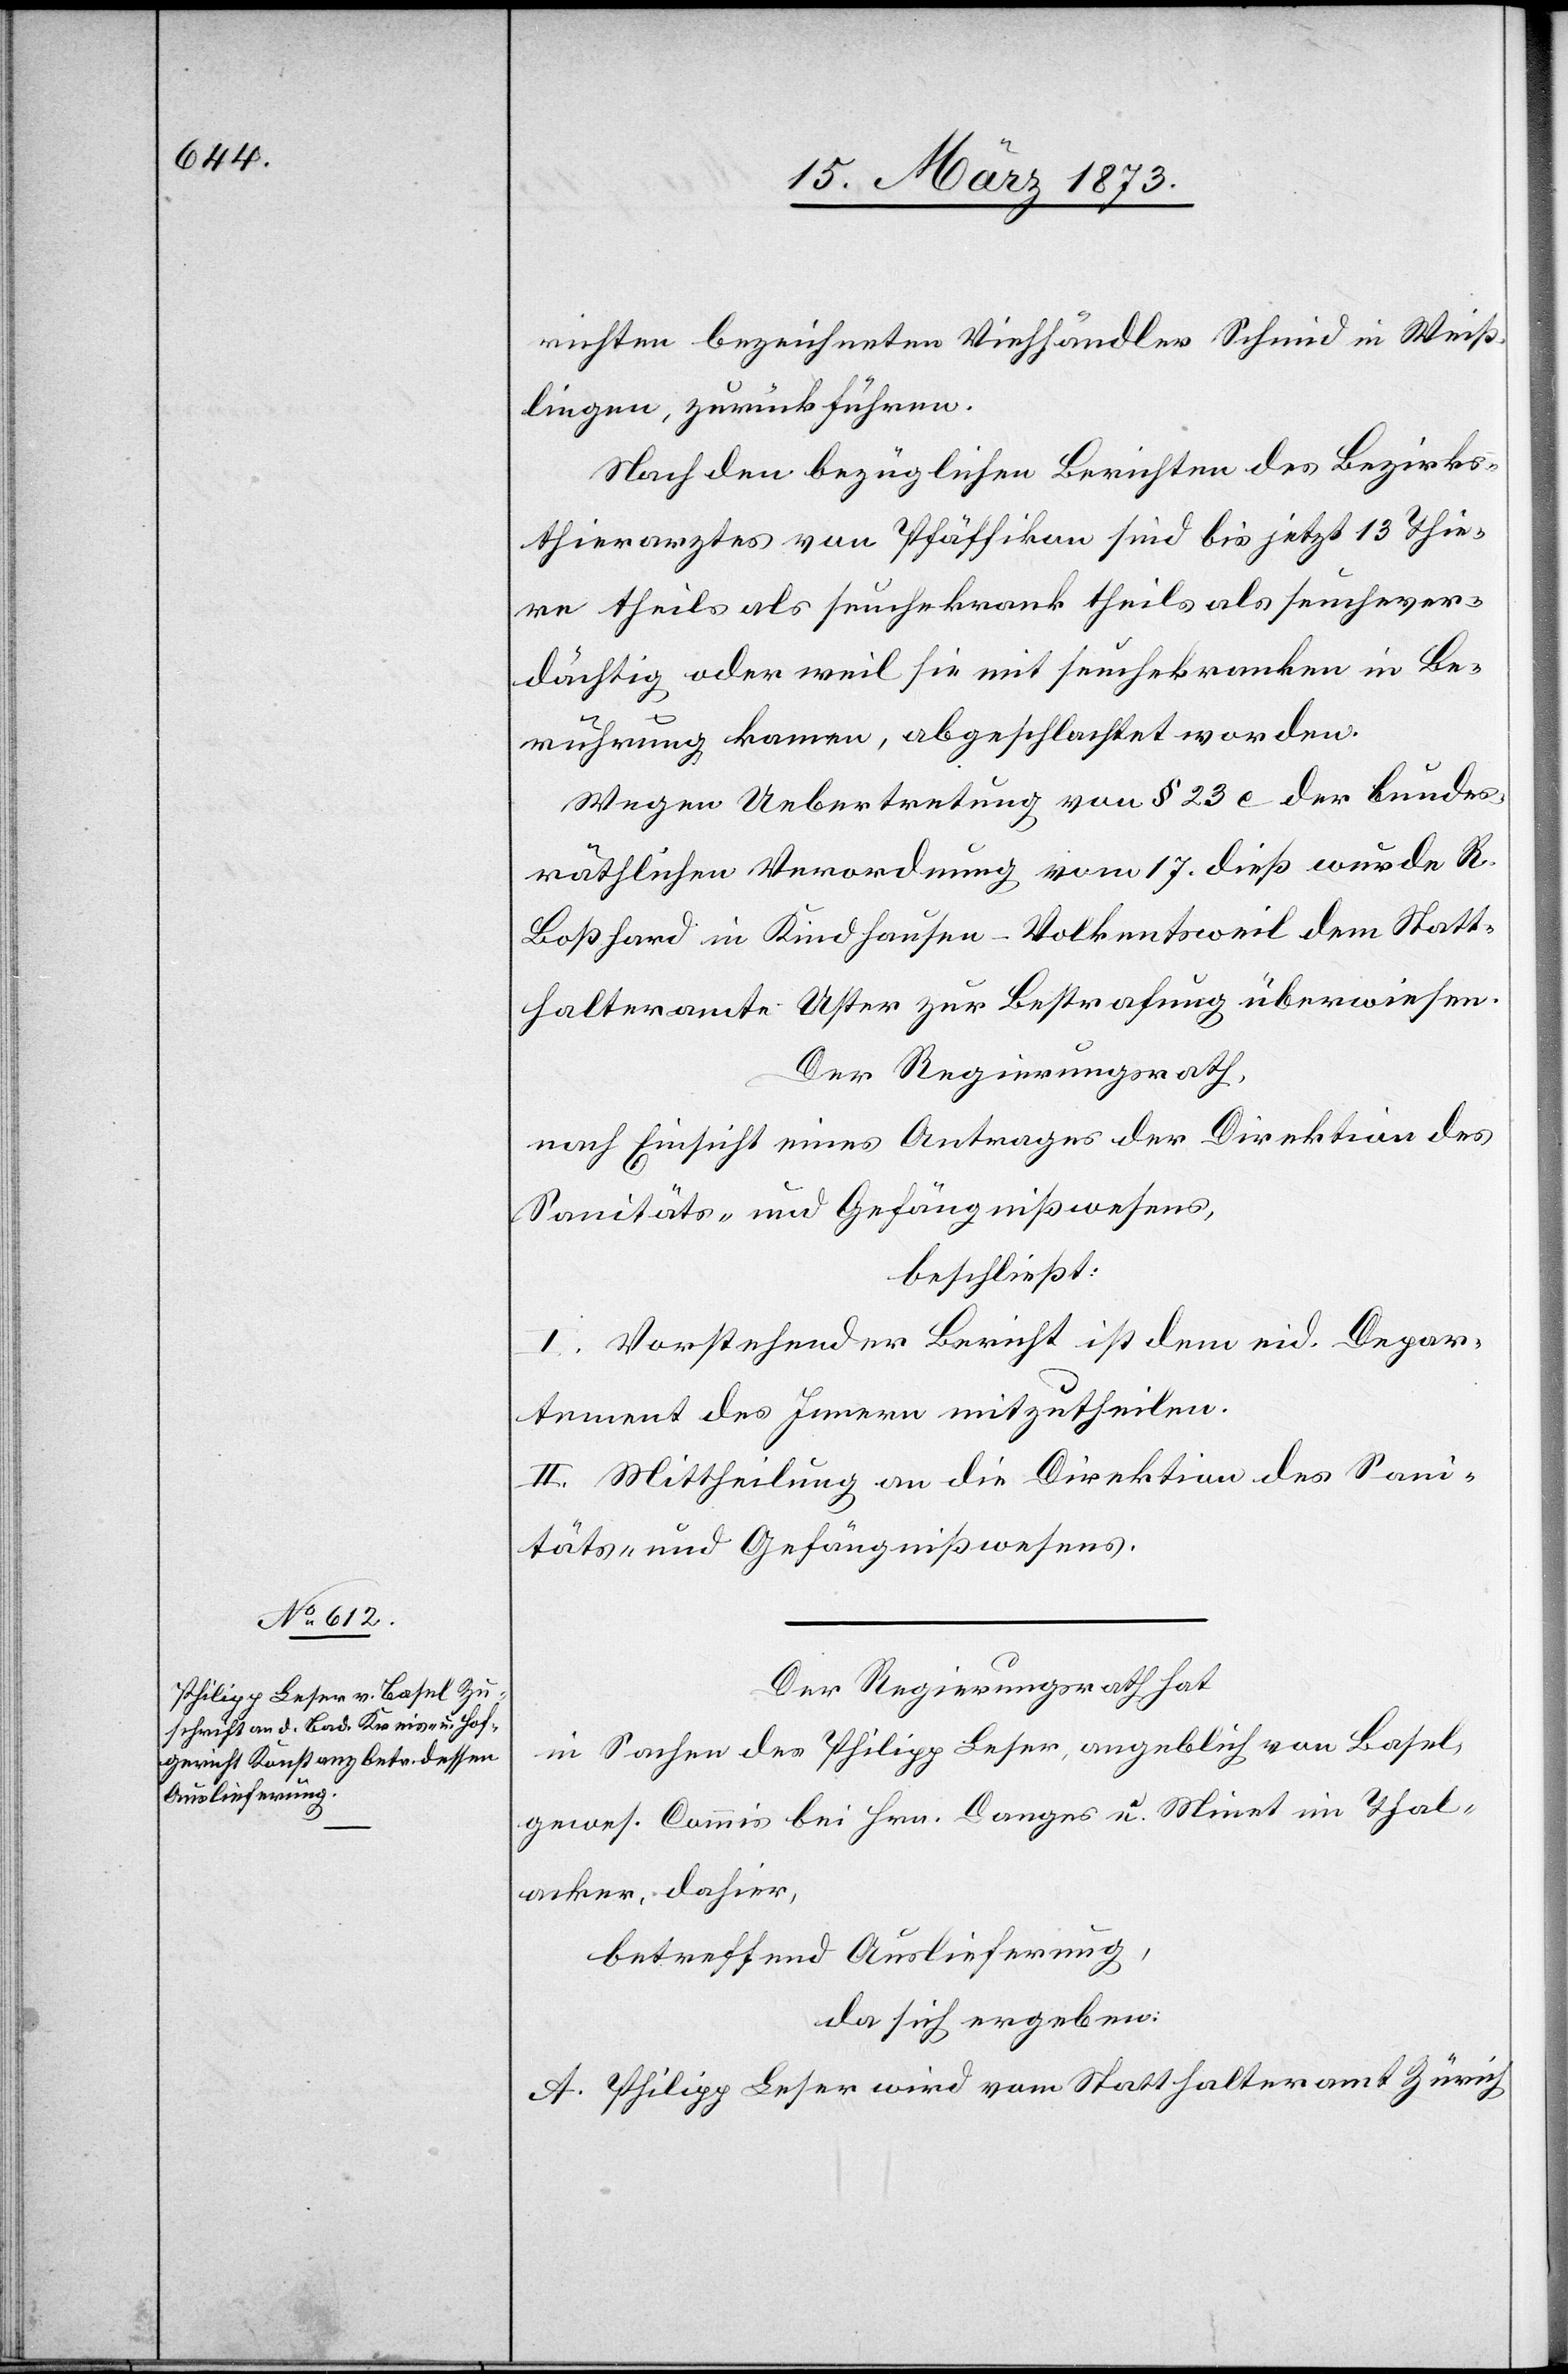
richten bezeichneten Viehhändler Schmid in Weiß¬
lingen, zurückführen.
Nach den bezüglichen Berichten des Bezirks¬
thierarztes von Pfäffikon sind bis jetzt 13 Thie¬
re theils als seuchekrank theils als seuchever¬
dächtig oder weil sie mit seuchekranken in Be¬
rührung kamen, abgeschlachtet worden.
Wegen Uebertretung von § 23 e der bundes¬
räthlichen Verordnung vom 17. dieß wurde R.
Boßhard in Kindhausen-Volkentsweil dem Statt¬
halteramte Uster zur Bestrafung überwiesen.
Der Regierungsrath,
nach Einsicht eines Antrages der Direktion des
Sanitäts- und Gefängnißwesens
beschließt:
I. Vorstehender Bericht ist dem eid. Depar¬
tement des Innern mitzutheilen.
II. Mittheilung an die Direktion des Sani¬
täts- und Gefängnißwesens.
Der Regierungsrath hat
in Sachen des Philipp Leser, angeblich von Basel,
gewes. Commis bei Hrn. Danges u. Minet im Thal¬
acker, dahier,
betreffend Auslieferung,
da sich ergeben:
A. Philipp Leser wird vom Statthalteramt Zürich